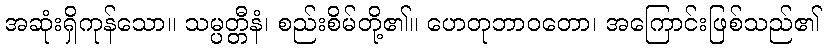
အဆုံးရှိကုန်သော။ သမ္ပတ္တီနံ၊ စည်းစိမ်တို့၏။ ဟေတုဘာဝတော၊ အကြောင်းဖြစ်သည်၏